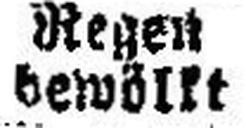
bewöllt